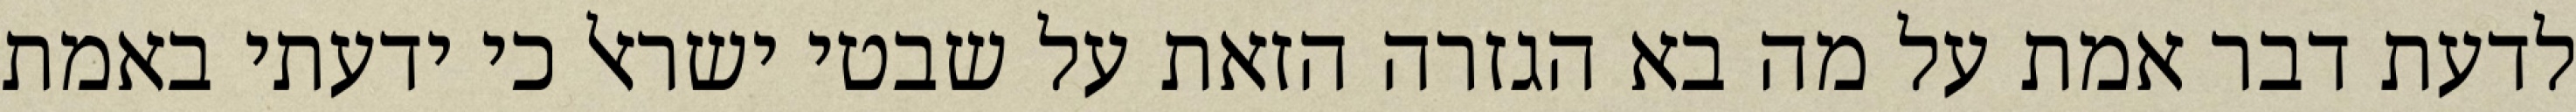
לדעת דבר אמת על מה בא הגזרה הזאת על שבטי ישראל כי ידעתי באמת